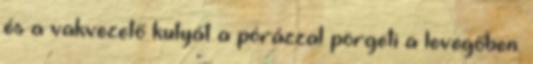
és a vakvezető kutyát a pórázzal pörgeti a levegőben.